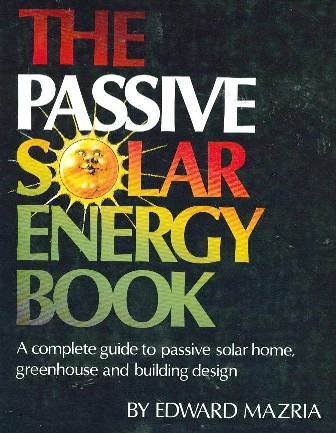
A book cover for Passive Solar Energy Book; Edward Mazria; Crafts, Hobbies & Home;